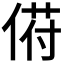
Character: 𬾯